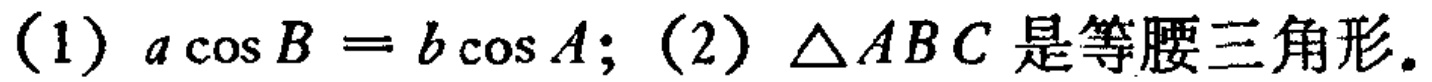
(1) \(a\cos B = b\cos A\); (2) \(\triangle ABC\) 是等腰三角形。